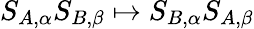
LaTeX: S_{A,\alpha}S_{B,\beta}\mapsto S_{B,\alpha}S_{A,\beta}